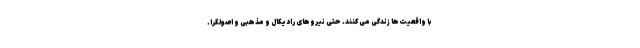
با واقعیت‌ها زندگی می‌کنند. حتی نیروهای رادیکال و مذهبی و اصولگرا.